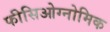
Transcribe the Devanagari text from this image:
फीसिओग्नोमिक